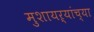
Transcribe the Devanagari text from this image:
मुशायऱ्यांच्या